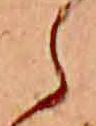
ら